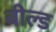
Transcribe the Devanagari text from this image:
बील्ड